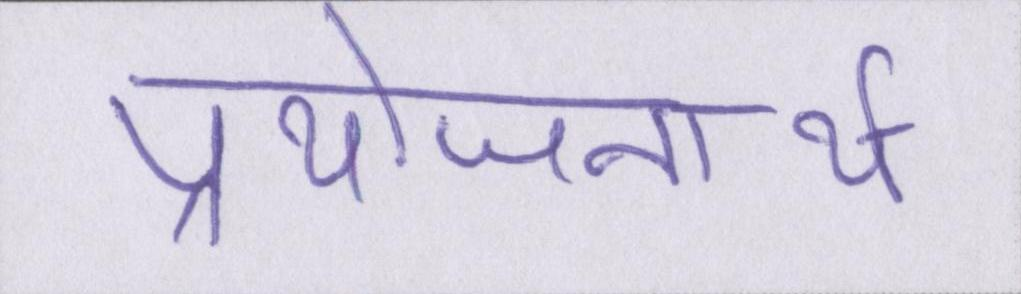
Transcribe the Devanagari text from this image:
प्रयोजनार्थ